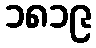
၁၈၁၉